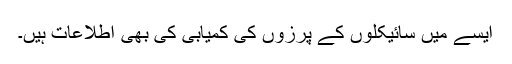
ایسے میں سائیکلوں کے پرزوں کی کمیابی کی بھی اطلاعات ہیں۔